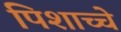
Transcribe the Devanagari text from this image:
पिशाच्चे